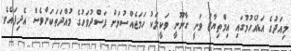
މިއަދުގެ އަޑުއެހުމުގައި އިމްތިޔާޒު ވަނީ ގާނޫނީ ވަކީލަކު ހަމަޖެއްސުމަށް ފަސްދުވަހުގެ މުއްދަތަކަށްވެސް އެދިފައެވެ.